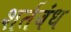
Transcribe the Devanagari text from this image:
शर्तबंध